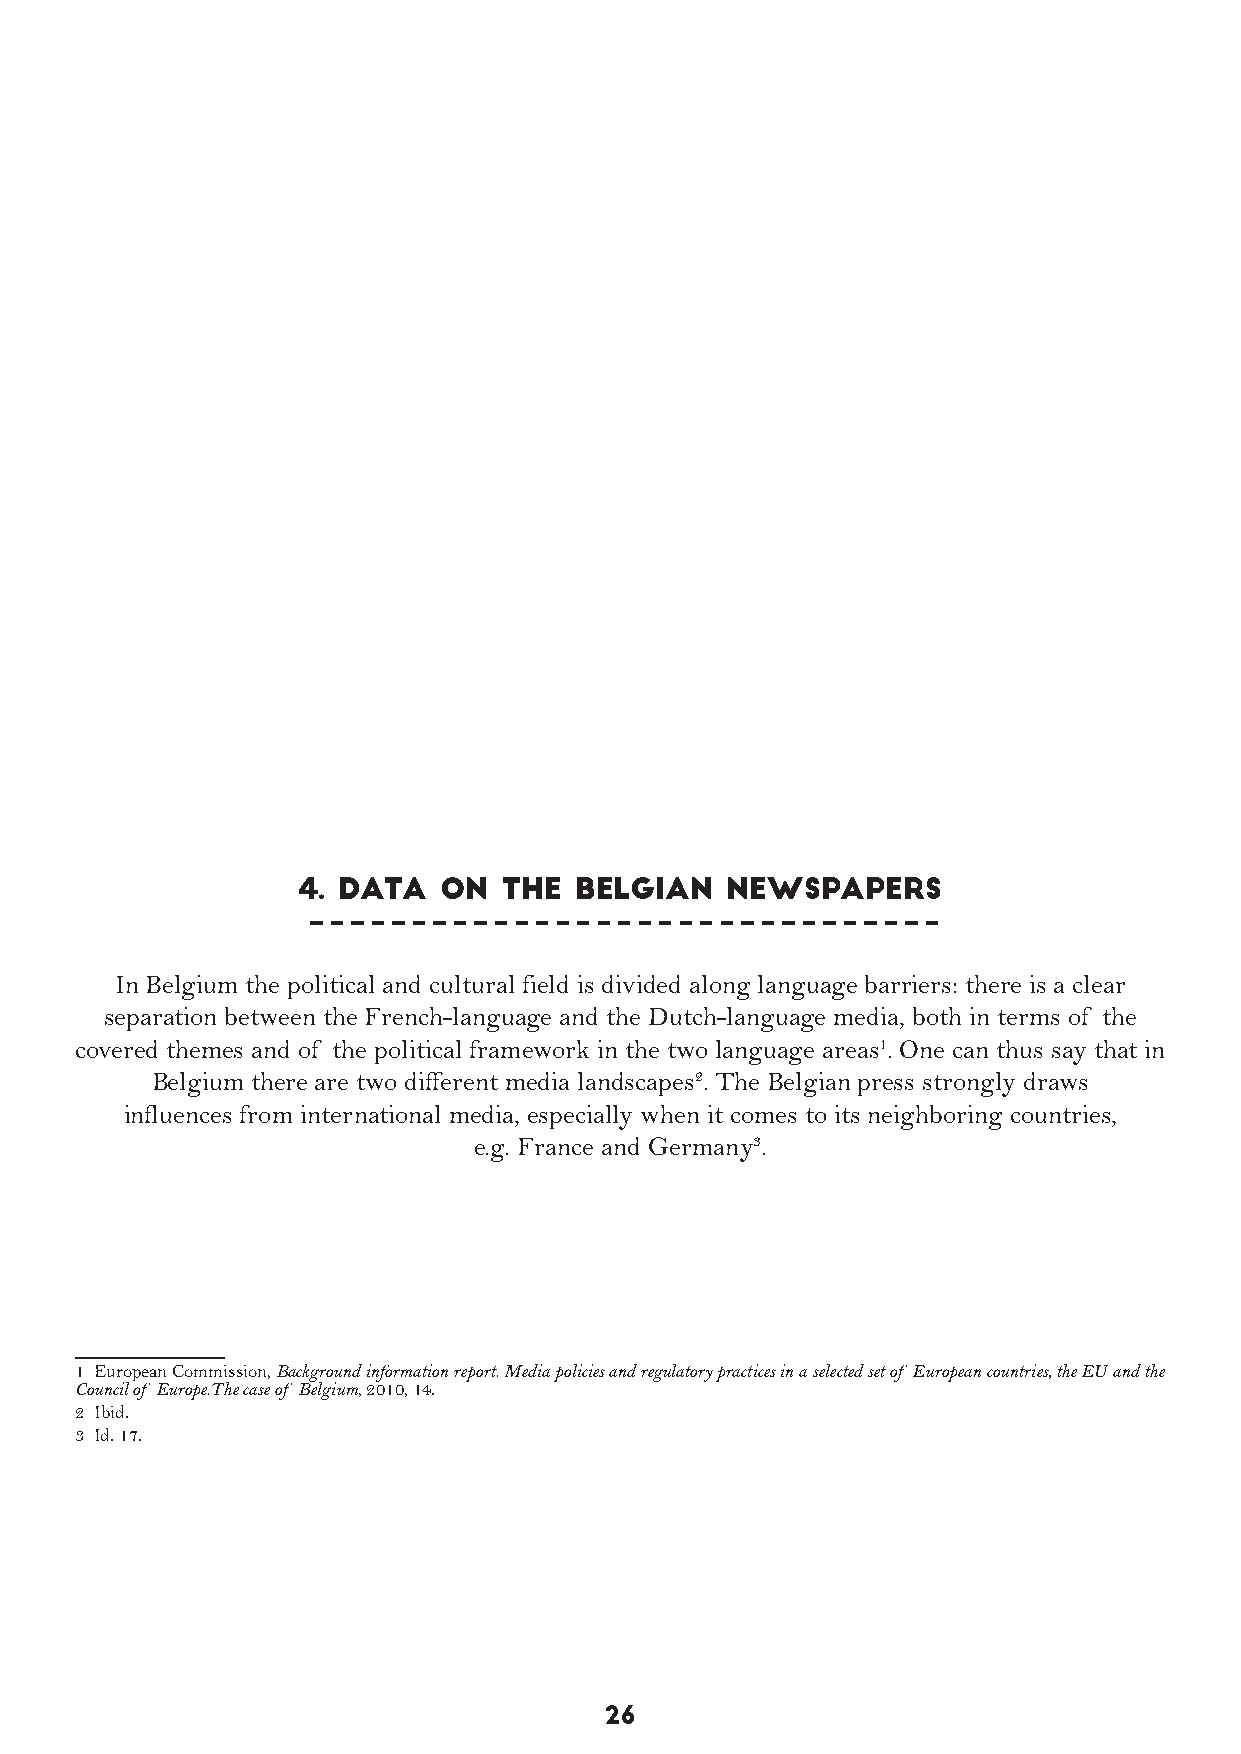
4. DATA  ON  the  BELGIAN   NEWSPAPERS
 In Belgium the political and cultural field is divided along language barriers: there is a clear
 separation between the French-language and the Dutch-language media, both in terms of the
 covered themes and of the political framework in the two language areas1. One can thus say that in
 Belgium there are two different media landscapes2. The Belgian press strongly draws
 influences from international media, especially when it comes to its neighboring countries,
 e.g. France and Germany3.
 1 European Commission, Background information report. Media policies and regulatory practices in a selected set of European countries, the EU and the
 Council of Europe.The case of Belgium, 2010, 14.
 2 Ibid.
 3 Id. 17.
 26